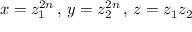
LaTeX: x = z _ { 1 } ^ { 2 n } \, , \, y = z _ { 2 } ^ { 2 n } \, , \, z = z _ { 1 } z _ { 2 }